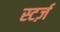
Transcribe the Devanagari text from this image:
स्टर्ज़